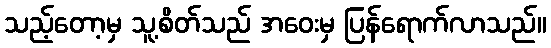
သည့်တော့မှ သူ့စိတ်သည် အဝေးမှ ပြန်ရောက်လာသည်။